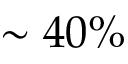
\sim 4 0 \%